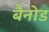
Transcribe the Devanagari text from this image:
बैनोड